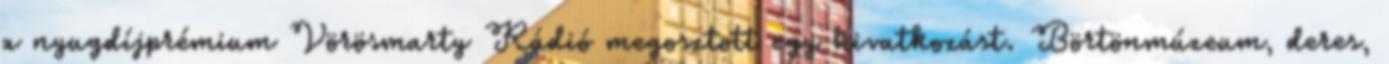
a nyugdíjprémium Vörösmarty Rádió megosztott egy hivatkozást. Börtönmúzeum, deres,